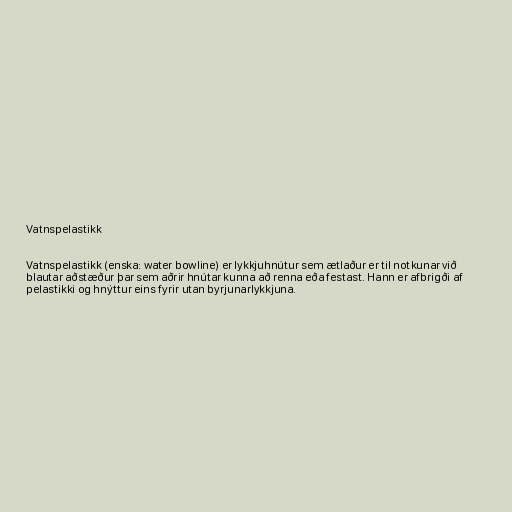
Vatnspelastikk

Vatnspelastikk (enska: water bowline) er lykkjuhnútur sem ætlaður er til notkunar við
blautar aðstæður þar sem aðrir hnútar kunna að renna eða festast. Hann er afbrigði af
pelastikki og hnýttur eins fyrir utan byrjunarlykkjuna.